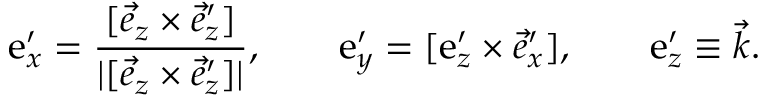
\boldsymbol { \mathrm { e } } _ { x } ^ { \prime } = \frac { [ \vec { e } _ { z } \times \vec { e } _ { z } ^ { \prime } ] } { | [ \vec { e } _ { z } \times \vec { e } _ { z } ^ { \prime } ] | } , \qquad \boldsymbol { \mathrm { e } } _ { y } ^ { \prime } = [ \boldsymbol { \mathrm { e } } _ { z } ^ { \prime } \times { \vec { e } _ { x } ^ { \prime } } ] , \qquad \boldsymbol { \mathrm { e } } _ { z } ^ { \prime } \equiv \vec { k } .